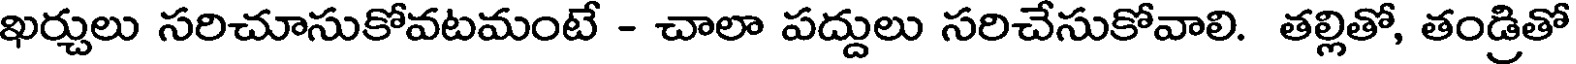
ఖర్చులు సరిచూసుకోవటమంటే - చాలా పద్దులు సరిచేసుకోవాలి. తల్లితో, తండ్రితో